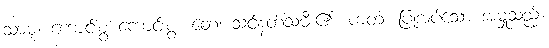
သာဓု၊ ကောင်းစွ ကောင်းစွ။ တေ၊ သင်နတ်သမီး၏။ ကတံ၊ ပြုအပ်သော အမှုသည်။